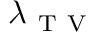
\lambda _ { \mathrm { ~ T ~ V ~ } }